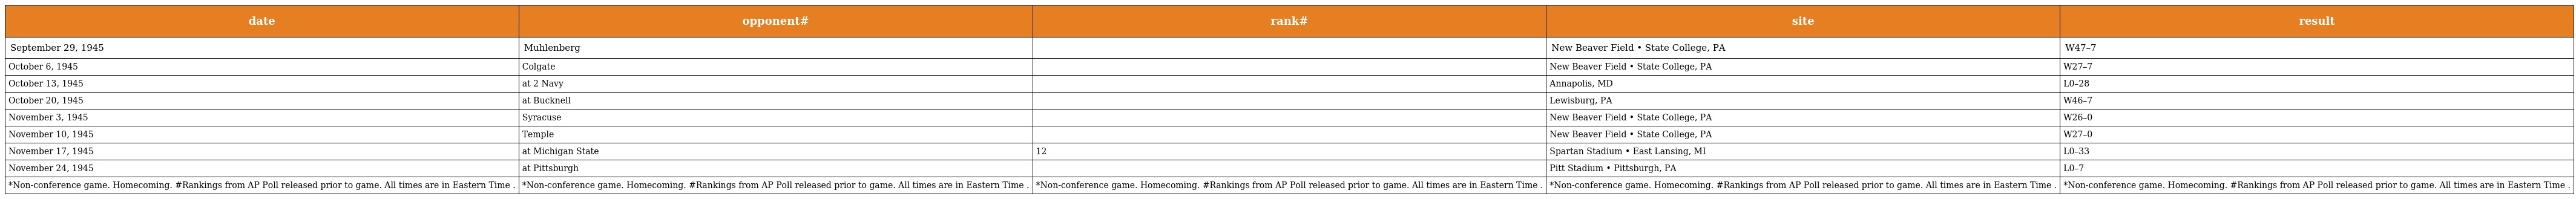
| date | opponent# | rank# | site | result |
 | --- | --- | --- | --- | --- |
 | September 29, 1945 | Muhlenberg |  | New Beaver Field • State College, PA | W47–7 |
 | October 6, 1945 | Colgate |  | New Beaver Field • State College, PA | W27–7 |
 | October 13, 1945 | at 2 Navy |  | Annapolis, MD | L0–28 |
 | October 20, 1945 | at Bucknell |  | Lewisburg, PA | W46–7 |
 | November 3, 1945 | Syracuse |  | New Beaver Field • State College, PA | W26–0 |
 | November 10, 1945 | Temple |  | New Beaver Field • State College, PA | W27–0 |
 | November 17, 1945 | at Michigan State | 12 | Spartan Stadium • East Lansing, MI | L0–33 |
 | November 24, 1945 | at Pittsburgh |  | Pitt Stadium • Pittsburgh, PA | L0–7 |
 | *Non-conference game. Homecoming. #Rankings from AP Poll released prior to game. All times are in Eastern Time . | *Non-conference game. Homecoming. #Rankings from AP Poll released prior to game. All times are in Eastern Time . | *Non-conference game. Homecoming. #Rankings from AP Poll released prior to game. All times are in Eastern Time . | *Non-conference game. Homecoming. #Rankings from AP Poll released prior to game. All times are in Eastern Time . | *Non-conference game. Homecoming. #Rankings from AP Poll released prior to game. All times are in Eastern Time . |